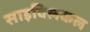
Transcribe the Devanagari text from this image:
साइक्लिकल